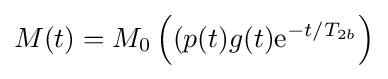
M(t)=M_{0}\left((p(t)g(t)\mathrm {e} ^{-t/T_{2b}}\right)